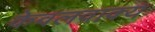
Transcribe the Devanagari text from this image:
केवलवाक्य